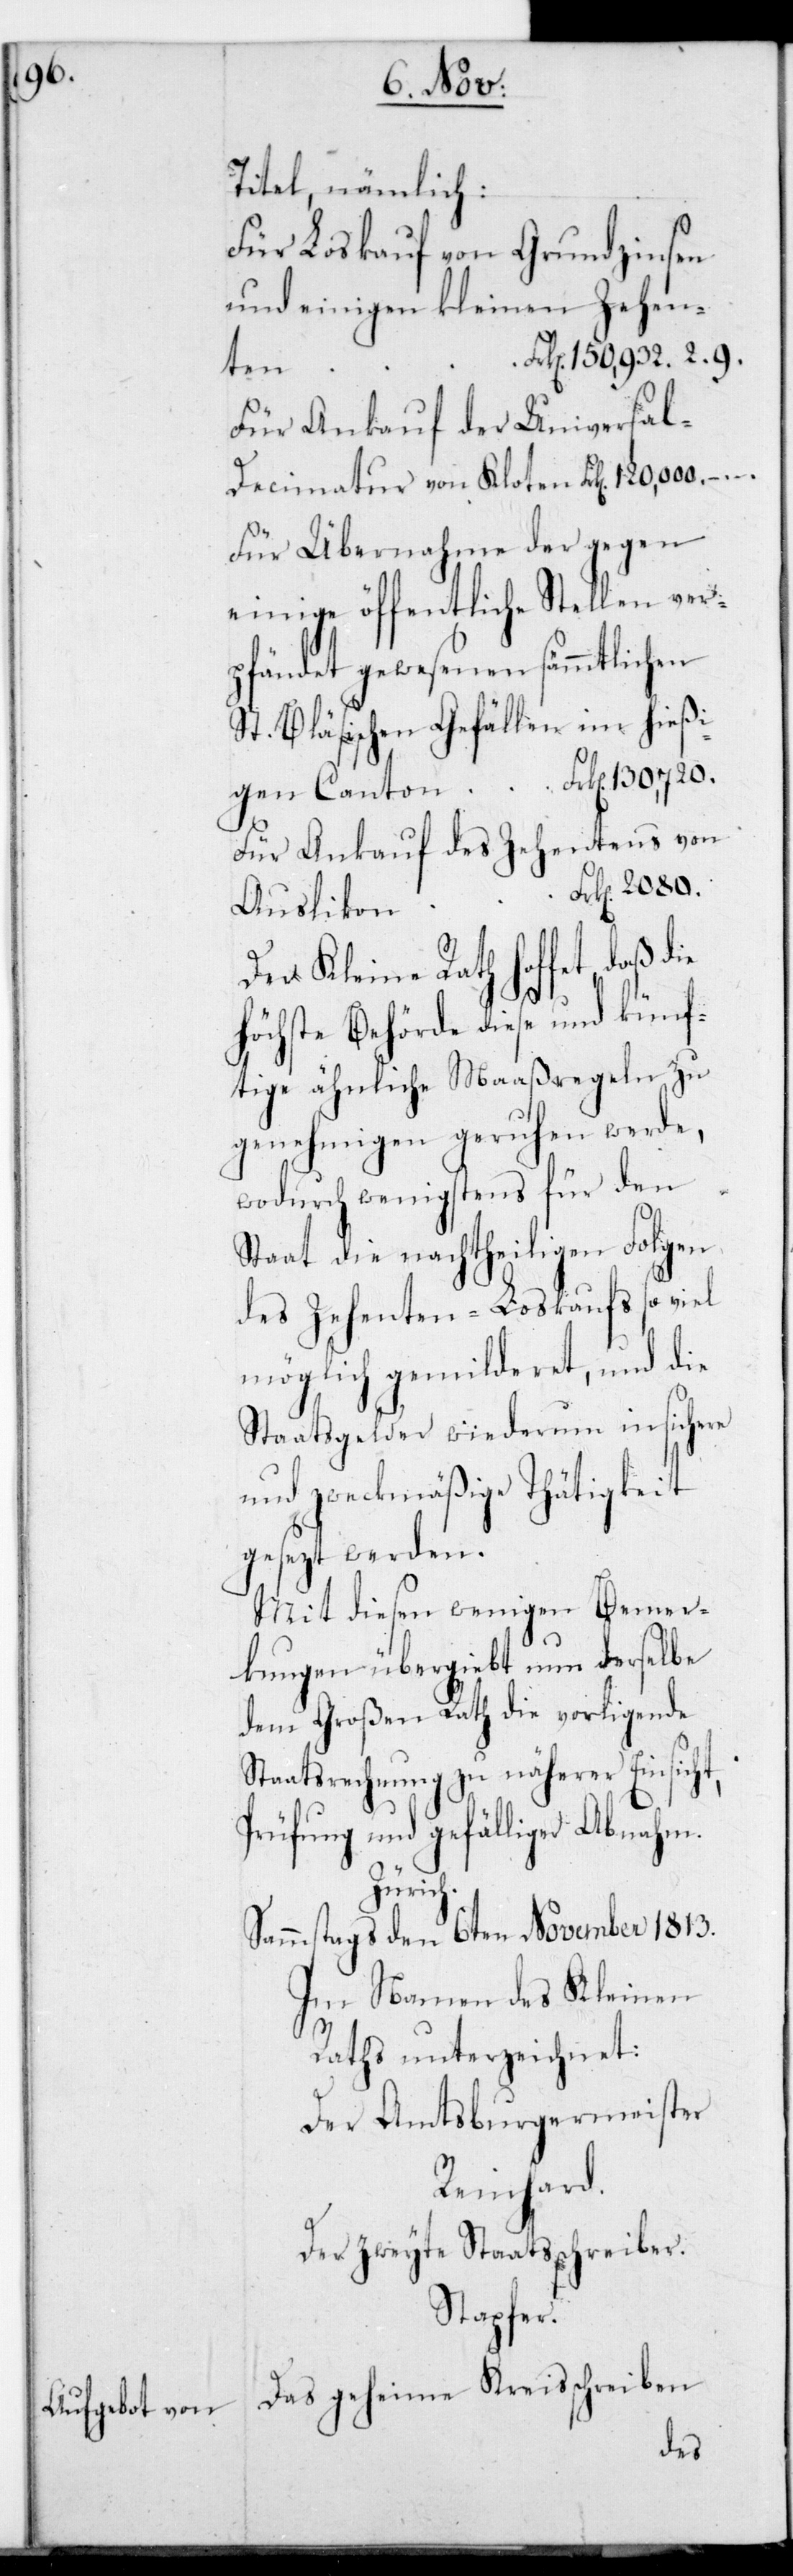
Titel, nämmlich:
Für Loskauf von Grundzinsen
und einigen kleinen Zehen¬
rk[en]. 150,932. 2. 9.
ten F¬
Für Ankauf der Universal-D¬
ecimatur von Kloten Frk[en] 120,000.
Für Übernahme der gegen
einige öffentliche Stellen ver¬
pfändet gewesenen sämmtlichen
St. Bläsischen-Gefällen im hießi¬
gen Canton Frk[en]. 130,720.
Für Ankauf des Zehentens von
Auslikon Frk[en].
Der Kleine Rath hoffet, daß
Höchste Behörde diese und künf¬
tige ähnliche Maaßregeln zu
genehmigen geruhen werde,
wodurch wenigstens für den
Staat die nachtheiligen Folgen
des Zehenten-Loskaufs so viel
möglich gemilderet, und die
Staatsgelder wiederum in sichere
und zweckmäßige Thätigkeit
gesetzt werden.
Mit diesen wenigen Bemer¬
kungen übergiebt nun derselbe
dem Großen Rath die vorligende
Staatsrechnung zu näherer Einsicht,
Prüfung und gefälliger Abnahm.
Zürich.
Sammstags den 6ten November 1813.
Im Namen des Kleinen
Raths unterzeichnet:
Der Amtsburgermeister
Reinhard.
Der zweyte Staatsschreiber.
Stapfer.
Das geheime Kreisschreiben